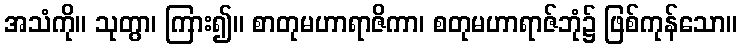
အသံကို။ သုတွာ၊ ကြား၍။ စာတုမဟာရာဇိကာ၊ စတုမဟာရာဇ်ဘုံ၌ ဖြစ်ကုန်သော။